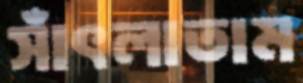
সাঁৎলাতাম